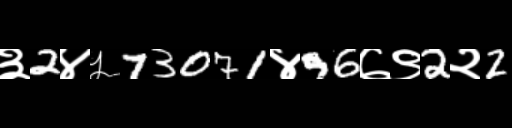
Text: ३2४५73071४96७९2२2